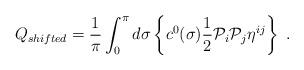
LaTeX: \begin{align*} Q_{shifted}=\frac{1}{\pi} \int_0^{\pi}d\sigma\left\{ c^0(\sigma) \frac{1}{2} \mathcal{P}_i\mathcal{P}_j\eta^{ij} \right\} \ .\end{align*}